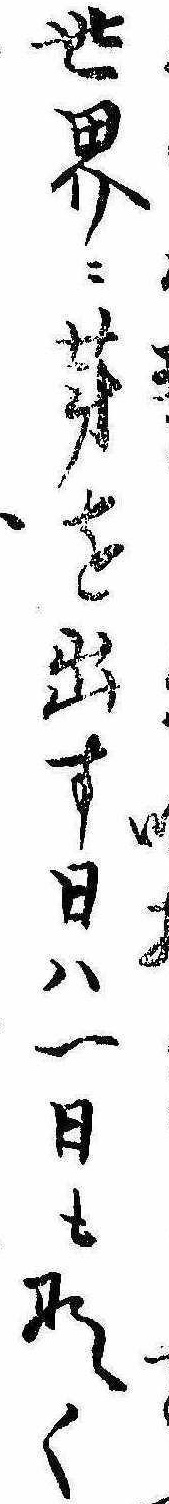
て世界に芽を出す日は一日もなく